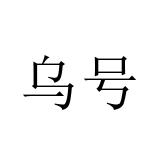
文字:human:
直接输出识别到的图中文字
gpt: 乌号